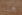
هكذا